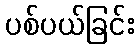
ပစ်ပယ်ခြင်း